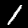
Digit: 1